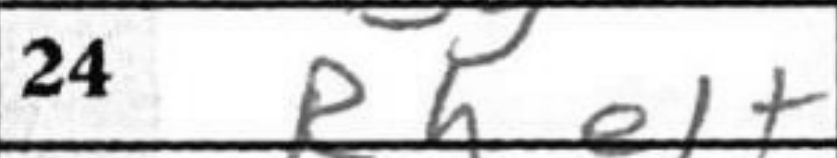
Transcription: Rhe1+